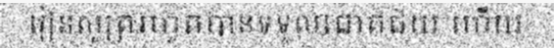
រៀនសូត្ររហូតបានទទួលជោគជ័យ ហើយ